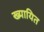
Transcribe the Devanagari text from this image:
ख्पायित